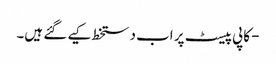
- کاپی پیسٹ پر اب دستخط کیے گئے ہیں۔